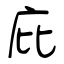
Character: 庇